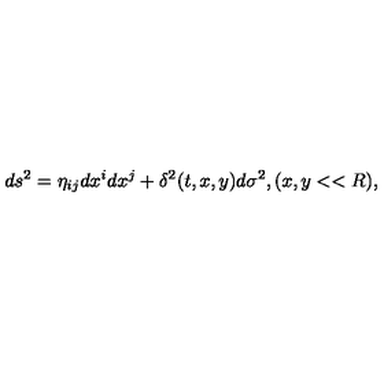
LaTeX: d s ^ { 2 } = \eta _ { i j } d x ^ { i } d x ^ { j } + \delta ^ { 2 } ( t , x , y ) d \sigma ^ { 2 } , ( x , y < < R ) ,